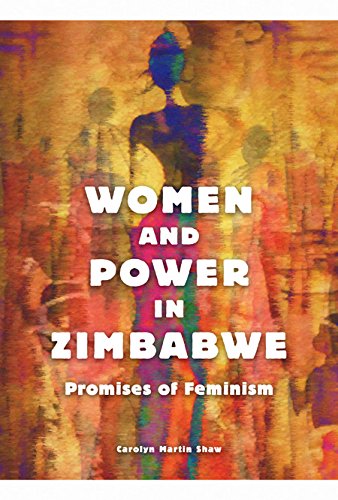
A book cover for Women and Power in Zimbabwe: Promises of Feminism; Carolyn Martin Shaw; History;